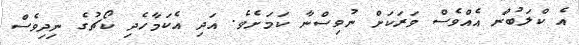
އެ ކްލަބުން އެއްވެސް ވަރަކަށް ނުވިސްނާ ކަމަށެވެ. އަދި އެކަމާހެދި ކޯޗުގެ ނިދިވެސް